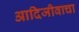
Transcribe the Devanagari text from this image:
आदिजीवाचा